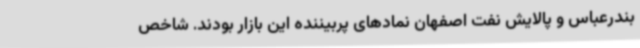
بندرعباس و پالایش نفت اصفهان نمادهای پربیننده این بازار بودند. شاخص